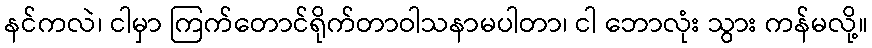
နင်ကလဲ၊ ငါမှာ ကြက်တောင်ရိုက်တာဝါသနာမပါတာ၊ ငါ ဘောလုံး သွား ကန်မလို့။